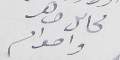
محاىل ضاهر واحواىه